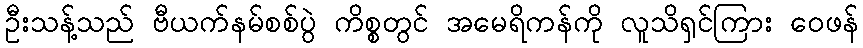
ဦးသန့်သည် ဗီယက်နမ်စစ်ပွဲ ကိစ္စတွင် အမေရိကန်ကို လူသိရှင်ကြား ဝေဖန်